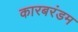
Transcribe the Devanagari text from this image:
कारबरंडम